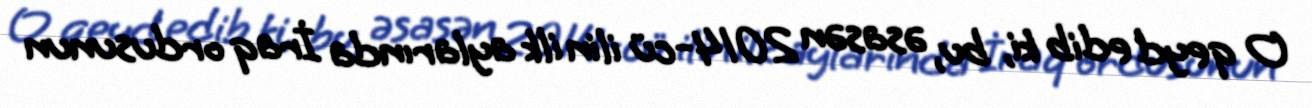
O qeyd edib ki, bu, əsasən 2014-cü ilin ilk aylarında İraq ordusunun